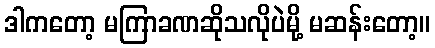
ဒါကတော့ မကြာခဏဆိုသလိုပဲမို့ မဆန်းတော့။